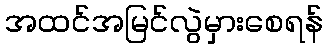
အထင်အမြင်လွဲမှားစေရန်